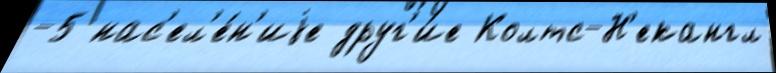
-5 нас'ел'е́н'иjе друг'и́е Колтс-Н'екангл